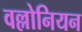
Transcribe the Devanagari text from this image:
वल्लोनियन